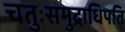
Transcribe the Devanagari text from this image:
चतुःसमुद्राधिपति